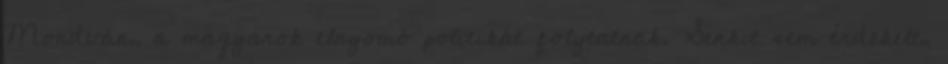
Mondván, a magyarok elnyomó politikát folytatnak. Senkit sem érdekelt,